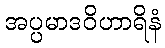
အပ္ပမာဒဝိဟာရိနံ